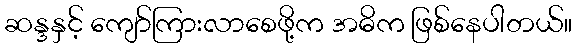
ဆန္ဒနှင့် ကျော်ကြားလာစေဖို့က အဓိက ဖြစ်နေပါတယ်။